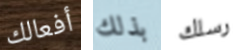
أفعالك بذلك رسلك